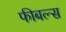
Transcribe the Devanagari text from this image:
फीबल्स